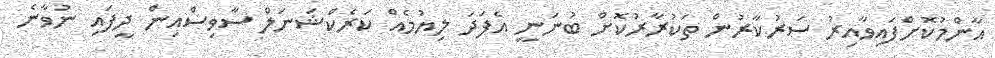
އާންމުކޮށްފައިވާއިރު ސަރުކާރުން ތަކުރާރުކޮށް ބުނަނީ އެފަދަ ލިޔުމެއް ކަރެކްޝަނަލް ސާވިސްއިން ދީފައި ނުވާނެ